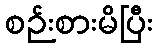
စဉ်းစားမိပြီး